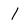
Character: 1